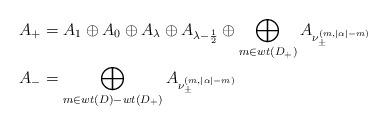
LaTeX: \begin{align*}A_+ &= A_1 \oplus A_0 \oplus A_\lambda \oplus A_{\lambda - \frac{1}{2}} \oplus\bigoplus_{m \in wt(D_+)} A_{\nu^{(m, |\alpha|-m)}_\pm} \\A_- &= \bigoplus_{m \in wt(D) - wt(D_+)} A_{\nu^{(m, |\alpha|-m)}_\pm}\end{align*}